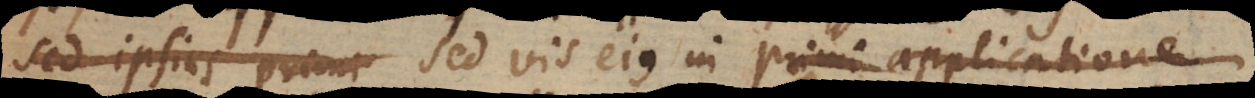
sed ipsius primi vis ejus in primi applicatione